Scottish Leaving Certificate Examination, 1961
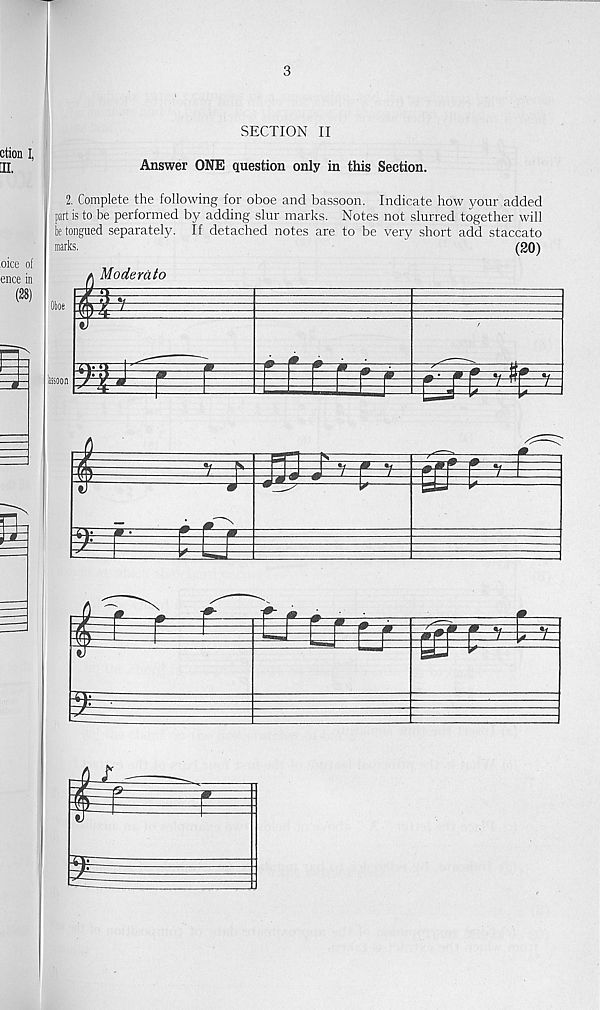
3
SECTION II
Answer ONE question only in this Section.
2. Complete the following for oboe and bassoon. Indicate how your added
part is to be performed by adding slur marks. Notes not slurred together will
betongued separately. If detached notes are to be very short add staccato
marks.
'
(20)
Moderato
a mo at
m
m
iBioon
it
t)
m
I
m
igti
m